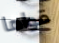
قواها